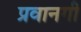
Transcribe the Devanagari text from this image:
प्रवानगी